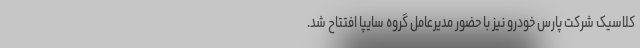
کلاسیک شرکت پارس خودرو نیز با حضور مدیرعامل گروه سایپا افتتاح شد.